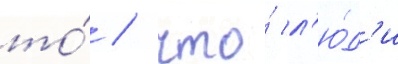
то́ / что́ л'ю́д'и